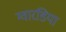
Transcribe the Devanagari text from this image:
ग्वारडिया